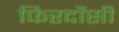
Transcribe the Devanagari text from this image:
फिरदौंसी